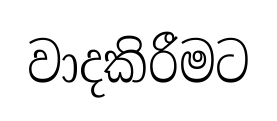
වාදකිරීමට